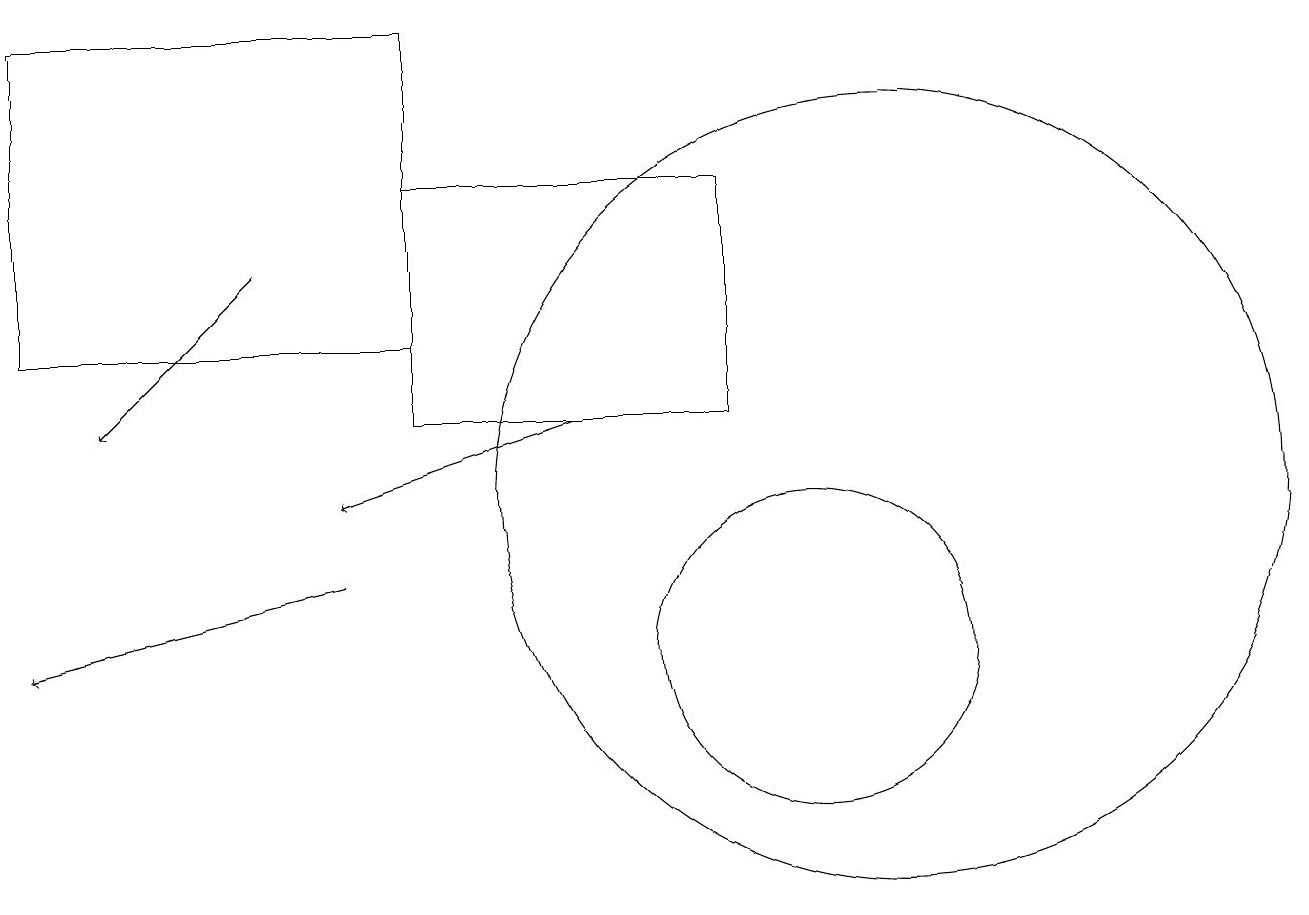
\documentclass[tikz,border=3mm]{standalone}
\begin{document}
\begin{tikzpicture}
\draw[->] (7,13) -- (4,12);
\draw[->] (4,11) -- (0,10);
\draw (10,10) circle (2);
\draw[->] (3,15) -- (1,13);
\draw (11,12) circle (5);
\draw (5,13) rectangle (9,16);
\draw (0,14) rectangle (5,18);
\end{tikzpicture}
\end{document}